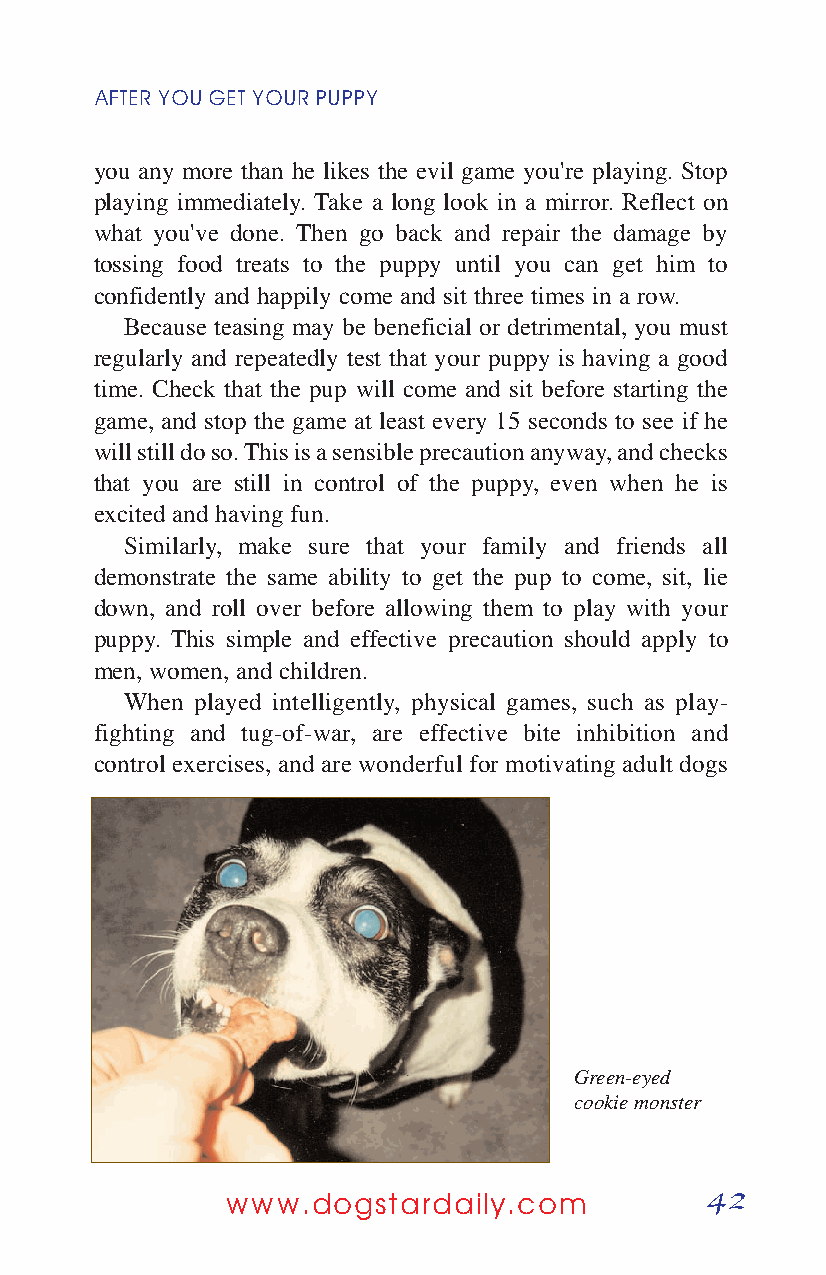
AFTER YOUGETYOURPUPPY
 you any more than he likes the evil game you're playing. Stop
 playing immediately. Take a long look in a mirror. Reflect on
 what you've done. Then go back and repair the damage by
 tossing food treats to the puppy until you can get him to
 confidently and happily come and sit three times in a row.
 Because teasing may be beneficial or detrimental, you must
 regularly and repeatedly test that your puppy is having a good
 time. Check that the pup will come and sit before starting the
 game, and stop the game at least every 15 seconds to see if he
 will still do so. This is a sensible precaution anyway, and checks
 that you are still in control of the puppy, even when he is
 excited and having fun.
 Similarly, make sure that your family and friends all
 demonstrate the same ability to get the pup to come, sit, lie
 down, and roll over before allowing them to play with your
 puppy. This simple and effective precaution should apply to
 men, women, and children.
 When played intelligently, physical games, such as play-
 fighting and tug-of-war, are effective bite inhibition and
 control exercises, and are wonderful for motivating adult dogs
 Green-eyed
 cookie monster
 42
 www.dogstardaily.com